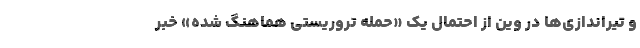
و تیراندازی‌ها در وین از احتمال یک «حمله تروریستی هماهنگ شده» خبر